Report on vaccination in Madras 1895-1903 - 1895-1903
Year: 1895
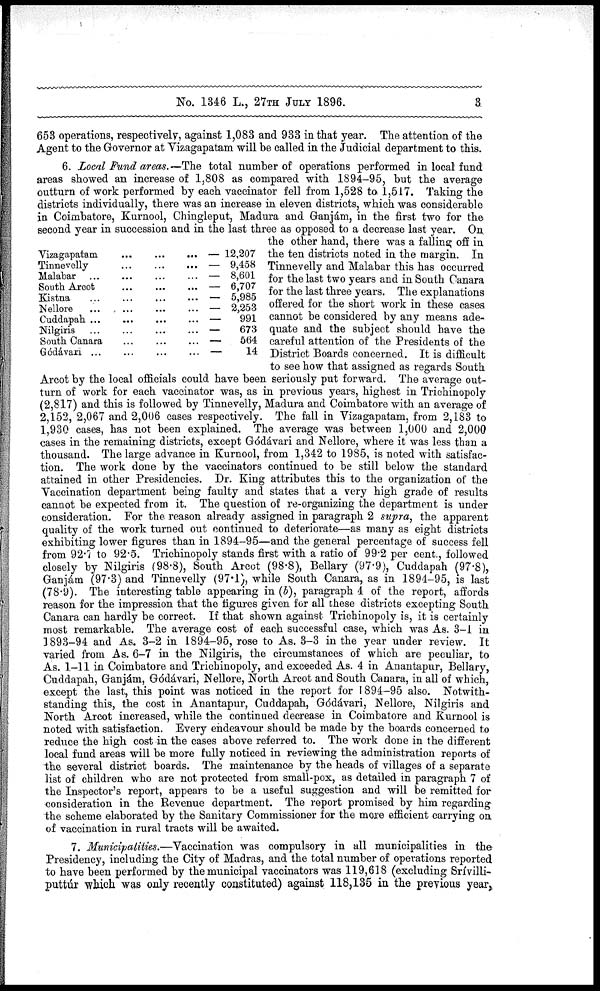
No. 1346 L., 27TH JULY 1896.
3.
Vizagapatam
...
...
...
Tinnevelly
...
...
...
Malabar
...
...
...
...
South Arcot ... ... ...
Kistna
...
...
...
...
Nellore ... ... ... ...
Cuddapah
...
...
...
...
Nilgiris
...
...
...
...
South Canara ... ... ...
Gódávari
...
...
...
...
— 12,207
— 9,458
— 8,601
— 6,707
— 5,985
— 2,253
—
991
—
673
—
564
—
14
653 operations, respectively, against 1,083 and 933 in that year. The attention of the
Agent to the Governor at Vizagapatam will be called in the Judicial department to this.
6. Local Fund areas.—The total number of operations performed in local fund
areas showed an increase of 1,808 as compared with 1894-95, but the average
outturn of work performed by each vaccinator fell from 1,528 to 1,517. Taking the
districts individually, there was an increase in eleven districts, which was considerable
in Coimbatore, Kurnool, Chingleput, Madura and Ganjám, in the first two for the
second year in succession and in the last three as opposed to a decrease last year. On.
the other hand, there was a falling off in
the ten districts noted in the margin. In
Tinnevelly and Malabar this has occurred
for the last two years and in South Canara
for the last three years. The explanations
offered for the short work in these cases
cannot be considered by any means ade-
quate and the subject should have the
careful attention of the Presidents of the
District Boards concerned. It is difficult
to see how that assigned as regards South
Arcot by the local officials could have been seriously put forward. The average out-
turn of work for each vaccinator was, as in previous years, highest in Trichinopoly
(2,817) and this is followed by Tinnevelly, Madura and Coimbatore with an average of
2,152, 2,067 and 2,006 cases respectively. The fall in Vizagapatam, from 2,183 to
1,930 cases, has not been explained. The average was between 1,000 and 2,000
cases in the remaining districts, except Gódávari and Nellore, where it was less than a
thousand. The large advance in Kurnool, from 1,342 to 1985, is noted with satisfac-
tion. The work done by the vaccinators continued to be still below the standard
attained in other Presidencies. Dr. King attributes this to the organization of the
Vaccination department being faulty and states that a very high grade of results
cannot be expected from it. The question of re-organizing the department is under
consideration. For the reason already assigned in paragraph 2 supra, the apparent
quality of the work turned out continued to deteriorate—as many as eight districts
exhibiting lower figures than in 1894-95—and the general percentage of success fell
from 92.7 to 92.5. Trichinopoly stands first with a ratio of 99.2 per cent., followed
closely by Nilgiris (98.8), South Arcot (98.8), Bellary (97.9), Cuddapah (97.8),
Ganjám (97.3) and Tinnevelly (97.1), while South Canara, as in 1894-95, is last
(78.9). The interesting table appearing in (b), paragraph 4 of the report, affords
reason for the impression that the figures given for all these districts excepting South
Canara can hardly be correct. If that shown against Trichinopoly is, it is certainly
most remarkable. The average cost of each successful case, which was As. 3-1 in
1893-94 and As. 3-2 in 1894-95, rose to As. 3-3 in the year under review. It
varied from As. 6-7 in the Nilgiris, the circumstances of which are peculiar, to
As. 1-11 in Coimbatore and Trichinopoly, and exceeded As. 4 in Anantapur, Bellary,
Cuddapah, Ganjám, Gódávari, Nellore, North Arcot and South Canara, in all of which,
except the last, this point was noticed in the report for 1894-95 also. Notwith-
standing this, the cost in Anantapur, Cuddapah, Gódávari, Nellore, Nilgiris and
North Arcot increased, while the continued decrease in Coimbatore and Kurnool is
noted with satisfaction. Every endeavour should be made by the boards concerned to
reduce the high cost in the cases above referred to. The work done in the different
local fund areas will be more fully noticed in reviewing the administration reports of
the several district boards. The maintenance by the heads of villages of a separate
list of children who are not protected from small-pox, as detailed in paragraph 7 of
the Inspector's report, appears to be a useful suggestion and will be remitted for
consideration in the Revenue department. The report promised by him regarding
the scheme elaborated by the Sanitary Commissioner for the more efficient carrying on
of vaccination in rural tracts will be awaited.
7. Municipalities.—Vaccination was compulsory in all municipalities in the-
Presidency, including the City of Madras, and the total number of operations reported
to have been performed by the municipal vaccinators was 119,618 (excluding Srívilli-
puttúr which was only recently constituted) against 118,135 in the previous year,